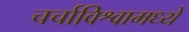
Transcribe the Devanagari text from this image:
चर्चाविश्वामध्ये